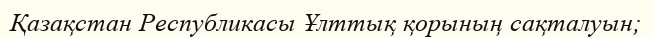
Қазақстан Республикасы Ұлттық қорының сақталуын;